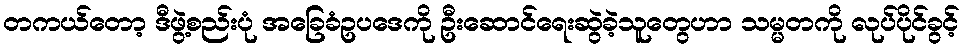
တကယ်တော့ ဒီဖွဲ့စည်းပုံ အခြေခံဥပဒေကို ဦးဆောင်ရေးဆွဲခဲ့သူတွေဟာ သမ္မတကို လုပ်ပိုင်ခွင့်